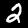
Label: 2